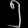
Digit: ၅